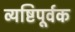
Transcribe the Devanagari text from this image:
व्यष्टिपूर्वक